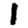
Digit: 1